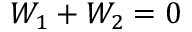
W _ { 1 } + W _ { 2 } = 0